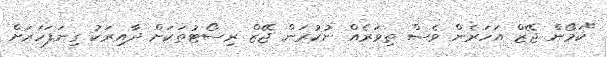
"ކަމޯން ޖޭޒް އަހަރެން ވެސް ތިވަރެއް ނުކުރަން ޖޭޒް ރިސޯޓުތަކަށް ދާއިރަކު ގިނަފަހަރަށް